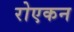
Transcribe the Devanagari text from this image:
रोएकन